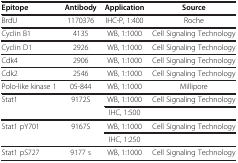
| Epitope | Antibody | Application | Source |
 | --- | --- | --- | --- |
 | BrdU | 1170376 | IHC-P, 1:400 | Roche |
 | Cyclin B1 | 4135 | WB, 1:1000 | Cell Signaling Technology |
 | Cyclin D1 | 2926 | WB, 1:1000 | Cell Signaling Technology |
 | Cdk4 | 2906 | WB, 1:1000 | Cell Signaling Technology |
 | Cdk2 | 2546 | WB, 1:1000 | Cell Signaling Technology |
 | Polo-like kinase 1 | 05-844 | WB, 1:1000 | Millipore |
 | <ROWSPAN=2> Stat1 | <ROWSPAN=2> 9172S | WB, 1:1000 | Cell Signaling Technology |
 | IHC, 1:500 |  |
 | <ROWSPAN=2> Stat1 pY701 | <ROWSPAN=2> 9167S | WB, 1:1000 | Cell Signaling Technology |
 | IHC, 1:250 |  |
 | Stat1 pS727 | 9177 s | WB, 1:1000 | Cell Signaling Technology |